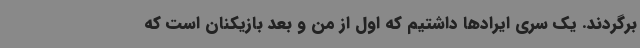
برگردند. یک سری ایرادها داشتیم که اول از من و بعد بازیکنان است که